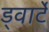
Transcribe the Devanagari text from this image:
ड्वार्टे